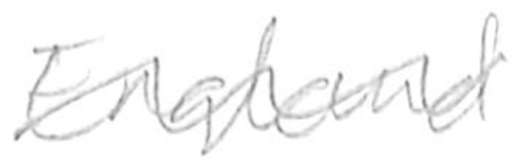
Text: England
Cross-out: wave
Writing tool: pencil